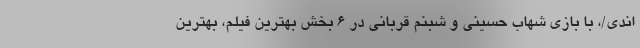
اندی/، با بازی شهاب حسینی و شبنم قربانی در ۶ بخش بهترین فیلم، بهترین